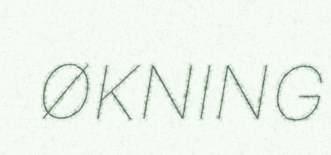
ØKNING